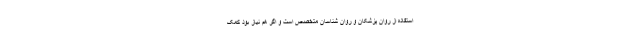
استفاده از روان پزشکان و روان شناسان متخصص است و اگر هم نیاز بود کمک